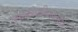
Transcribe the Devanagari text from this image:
विविधविद्याविचारवाचस्पति